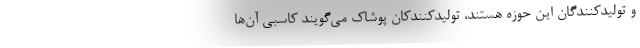
و تولیدکنندگان این حوزه هستند، تولیدکنندکان پوشاک می‌گویند کاسبی آن‌ها